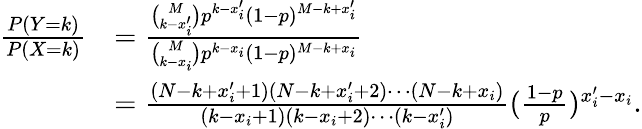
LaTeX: \begin{array}{rl}{\frac{P(Y=k)}{P(X=k)}}&{=\frac{{\binom{M}{k-x_{i}^{\prime}}}p^{k-x_{i}^{\prime}}(1-p)^{M-k+x_{i}^{\prime}}}{{\binom{M}{k-x_{i}}}p^{k-x_{i}}(1-p)^{M-k+x_{i}}}}\\ &{=\frac{(N-k+x_{i}^{\prime}+1)(N-k+x_{i}^{\prime}+2)\cdots(N-k+x_{i})}{(k-x_{i}+1)(k-x_{i}+2)\cdots(k-x_{i}^{\prime})}(\frac{1-p}{p})^{x_{i}^{\prime}-x_{i}}.}\end{array}